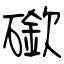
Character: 䃢